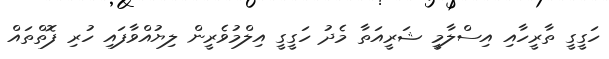
ހަގީގީ ތާރީހާއި އިސްލާމީ ޝަރީއަތާ މެދު ހަގީގީ އިލްމުވެރީން ލިޔުއްވާފައި ހުރި ފޮތްތައް